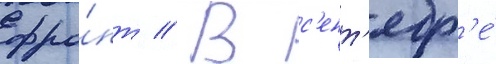
фро́нт // В с'ент'ябр'е́